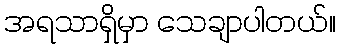
အရသာရှိမှာ သေချာပါတယ်။